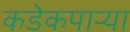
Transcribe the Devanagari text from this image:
कडेकपाऱ्या